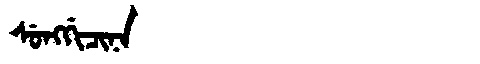
Manchu: ᠰᡠᠩᡤᡳᠴᡳᠨᠠ
Romanization: SUNGGICINA